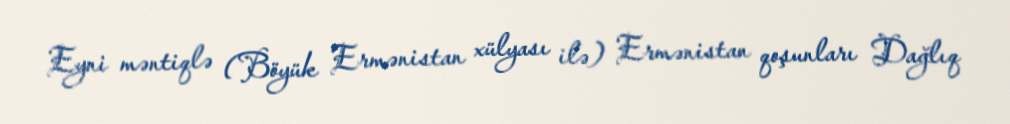
Eyni məntiqlə (Böyük Ermənistan xülyası ilə) Ermənistan qoşunları Dağlıq